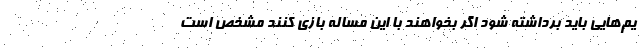
یم‌هایی باید برداشته شود اگر بخواهند با این مساله بازی کنند مشخص است